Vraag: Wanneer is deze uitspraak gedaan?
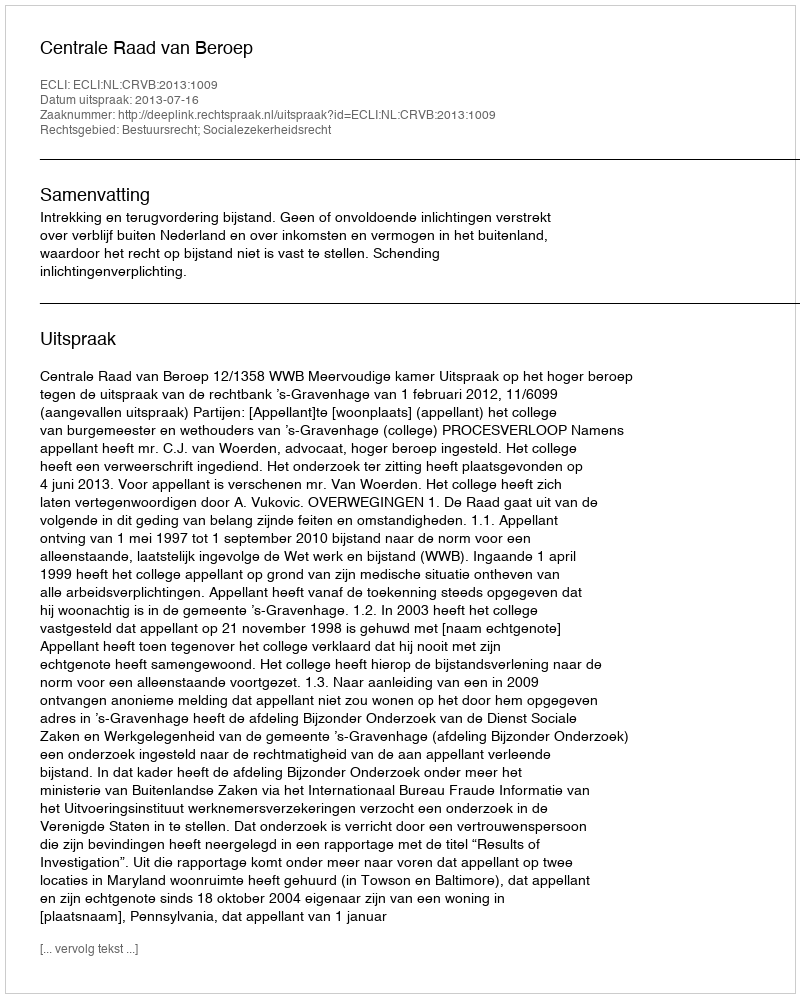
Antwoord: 2013-07-16